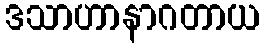
ဒသာဟာနာဂတာယ